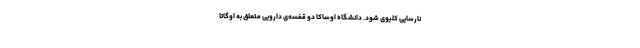
نارسایی کلیوی شود. دانشگاه اوساکا دو قفسه‌ی دارویی متعلق به اوگاتا